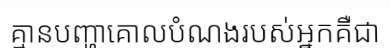
គ្មានបញ្ហាគោលបំណងរបស់អ្នកគឺជា